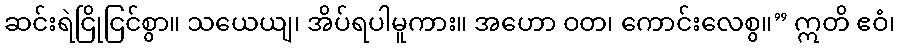
ဆင်းရဲငြိုငြင်စွာ။ သယေယျ၊ အိပ်ရပါမူကား။ အဟော ဝတ၊ ကောင်းလေစွ။” ဣတိ ဧဝံ၊